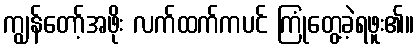
ကျွန်တော့်အဖိုး လက်ထက်ကပင် ကြုံတွေ့ခဲ့ရဖူး၏။